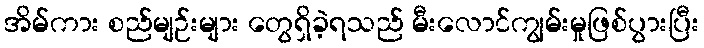
အိမ်ကား စည်မျဉ်းများ တွေရှိခဲ့ရသည် မီးလောင်ကျွမ်းမှုဖြစ်ပွားပြီး